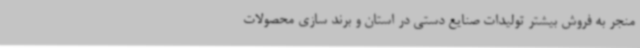
منجر به فروش بیشتر تولیدات صنایع دستی در استان و برند سازی محصولات